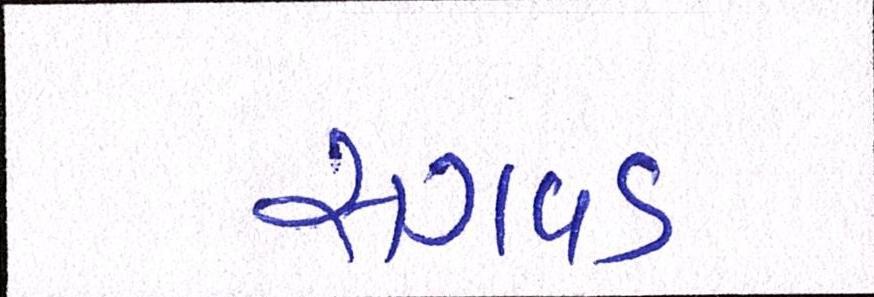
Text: સગવડ